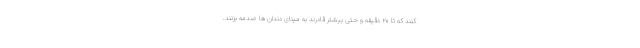
کنند که تا ۲۰ دقیقه و حتی بیشتر قادرند به مینای دندان ها صدمه بزنند.